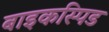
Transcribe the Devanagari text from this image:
बाइकस्पिड